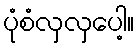
ပုံစံလှလှပေါ့။